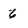
Character: 6